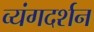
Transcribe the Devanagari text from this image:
व्यंगदर्शन